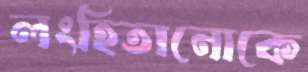
লংহিতানোকে